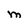
Character: m